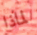
لماذا